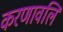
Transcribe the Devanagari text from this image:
करणावलि